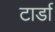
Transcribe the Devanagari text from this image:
टार्डा